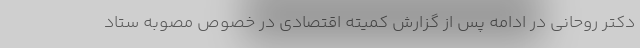
دکتر روحانی در ادامه پس از گزارش کمیته اقتصادی در خصوص مصوبه ستاد